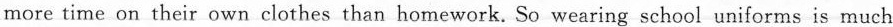
more time on their own clothes than homework. So wearing school uniforms is much